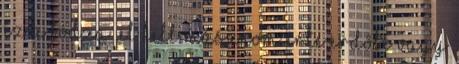
ez a bodza. El kell másznom érte erdőbe vagy